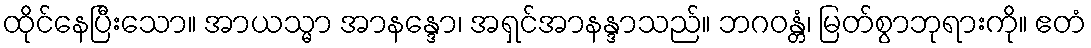
ထိုင်နေပြီးသော။ အာယသ္မာ အာနန္ဒော၊ အရှင်အာနန္ဒာသည်။ ဘဂဝန္တံ၊ မြတ်စွာဘုရားကို။ ဧတံ